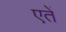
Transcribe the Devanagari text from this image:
एतें